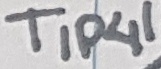
Text: TIP41